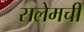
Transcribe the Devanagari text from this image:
सलेमची